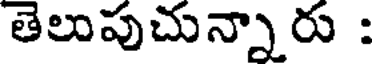
తెలుపుచున్నారు :